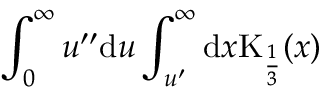
\int _ { 0 } ^ { \infty } u ^ { \prime \prime } \mathrm { d } u \int _ { u ^ { \prime } } ^ { \infty } \mathrm { d } x \mathrm { K } _ { \frac { 1 } { 3 } } ( x )